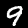
Digit: 9